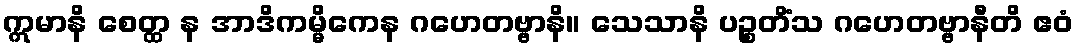
ဣမာနိ စေတ္ထ န အာဒိကမ္မိကေန ဂဟေတဗ္ဗာနိ။ သေသာနိ ပဉ္စတိံသ ဂဟေတဗ္ဗာနီတိ ဧဝံ